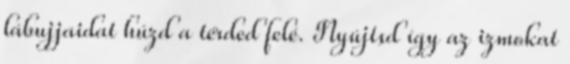
lábujjaidat húzd a térded felé. Nyújtsd így az izmokat